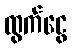
ထွက်ငွေ